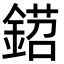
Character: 鍣